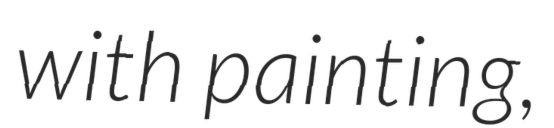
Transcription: with painting,